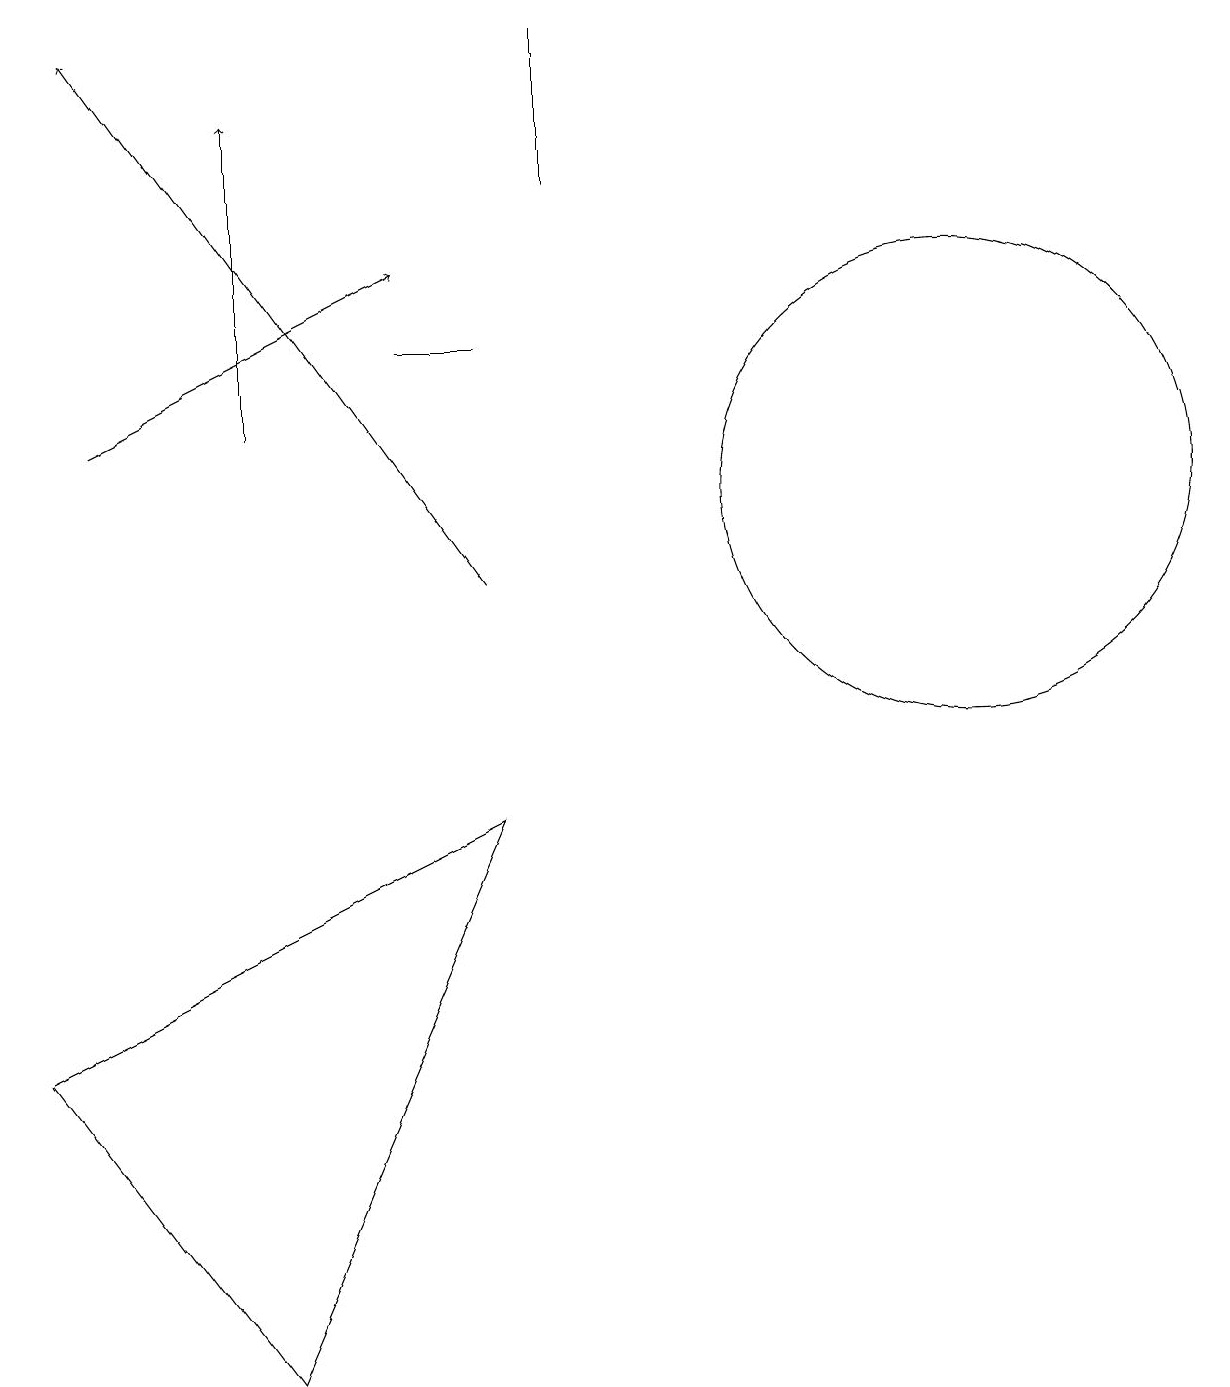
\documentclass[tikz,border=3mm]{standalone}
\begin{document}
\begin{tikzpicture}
\draw (12,11) circle (3);
\draw[->] (6,10) -- (1,17);
\draw (0,4) -- (6,7) -- (3,0) -- cycle;
\draw[->] (3,12) -- (3,16);
\draw[->] (1,12) -- (5,14);
\draw (7,17) rectangle (7,15);
\draw (6,13) rectangle (5,13);
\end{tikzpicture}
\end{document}